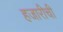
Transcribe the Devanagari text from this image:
हजारीची